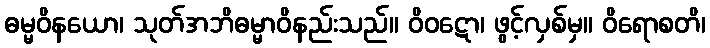
ဓမ္မဝိနယော၊ သုတ်အဘိဓမ္မာဝိနည်းသည်။ ဝိဝဋော၊ ဖွင့်လှစ်မှ။ ဝိရောစတိ၊